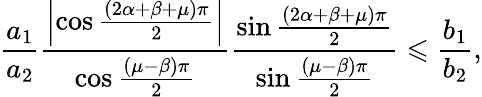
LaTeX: \frac{a_{1}}{a_{2}}\frac{\left\vert\cos\frac{\left(2\alpha+\beta+\mu\right)\pi}{2}\right\vert}{\cos\frac{\left(\mu-\beta\right)\pi}{2}}\frac{\sin\frac{\left(2\alpha+\beta+\mu\right)\pi}{2}}{\sin\frac{\left(\mu-\beta\right)\pi}{2}}\leqslant\frac{b_{1}}{b_{2}},